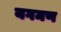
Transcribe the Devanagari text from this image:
यगमण